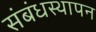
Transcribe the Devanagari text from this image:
संबंधस्थापन